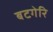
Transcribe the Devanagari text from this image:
बटगेरि